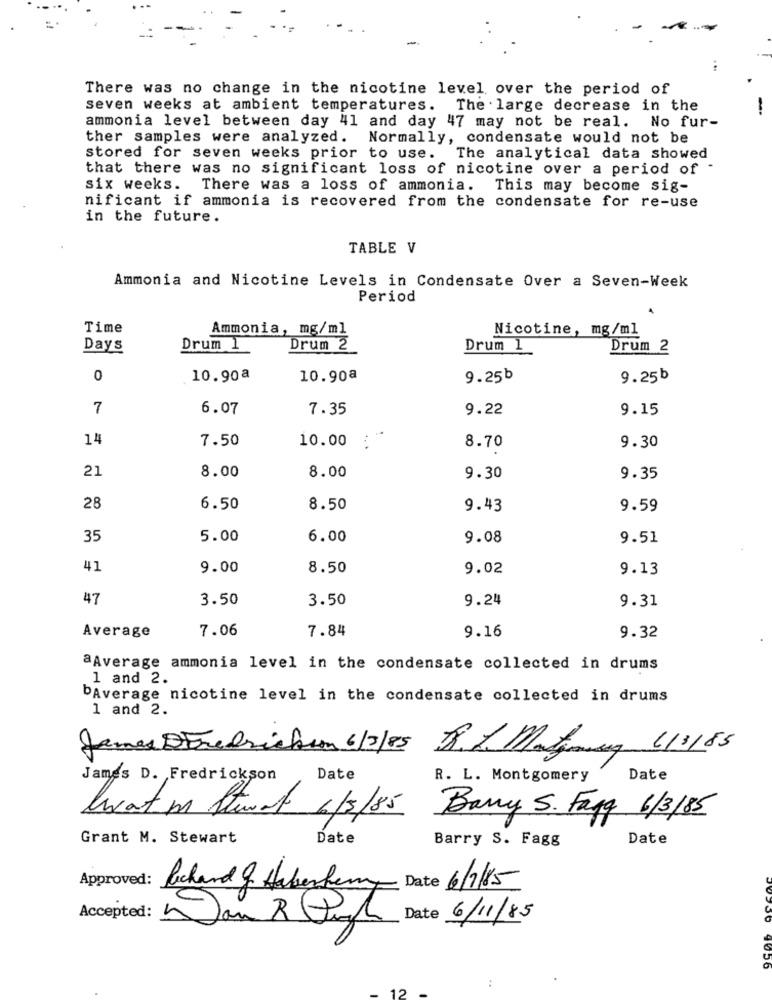
There was no change in the nicotine level over the period of
seven weeks at ambient temperatures. The large decrease in the
ammonia level between day 41 and day 47 may not be real. No fur-
ther samples were analyzed. Normally, condensate would not be
stored for seven weeks prior to use. The analytical data showed
that there was no significant loss of nicotine over a period of
six weeks. There was a loss of ammonia. This may become sig-
nificant if ammonia is recovered from the condensate for re-use
in the future.
TABLE V
Ammonia and Nicotine Levels in Condensate Over a Seven-Week
Period
Time
Ammonia, mg/ml
Nicotine, mg/ml
Days
Drum 1
Drum 2
Drum 1
Drum 2
0
10.90ª
10.90ª
9.25b
9.25b
7
6.07
7.35
9.22
9.15
14
7.50
10.00 :
8.70
9.30
21
8.00
8.00
9.30
9.35
28
6.50
8.50
9.43
9.59
35
5.00
6.00
9.08
9.51
41
9.00
8.50
9.02
9.13
47
3.50
3.50
9.24
9.31
Average
7.06
7.84
9.16
9.32
aAverage ammonia level in the condensate collected in drums
1 and 2.
bAverage nicotine level in the condensate collected in drums
1 and 2.
James D Fredrickum 6/2/85 R. L Mation 1.185
James D. Fredrickson
Date
R. L. Montgomery
Date
heat m Stevent 6/5/85
Bany S. Fagy 6/3/85
Grant M. Stewart
Date
Barry S. Fagg
Date
Approved:
Date
6/7/85
Richard & Haberhemy
Accepted:
Date 6/11/85